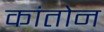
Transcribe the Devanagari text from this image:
कांतोन